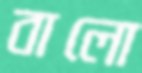
বালো